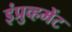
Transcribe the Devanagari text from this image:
इंप्रुव्हमेंट